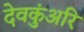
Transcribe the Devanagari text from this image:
देवकुंअरि